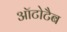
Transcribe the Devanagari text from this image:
ऑटोटैब